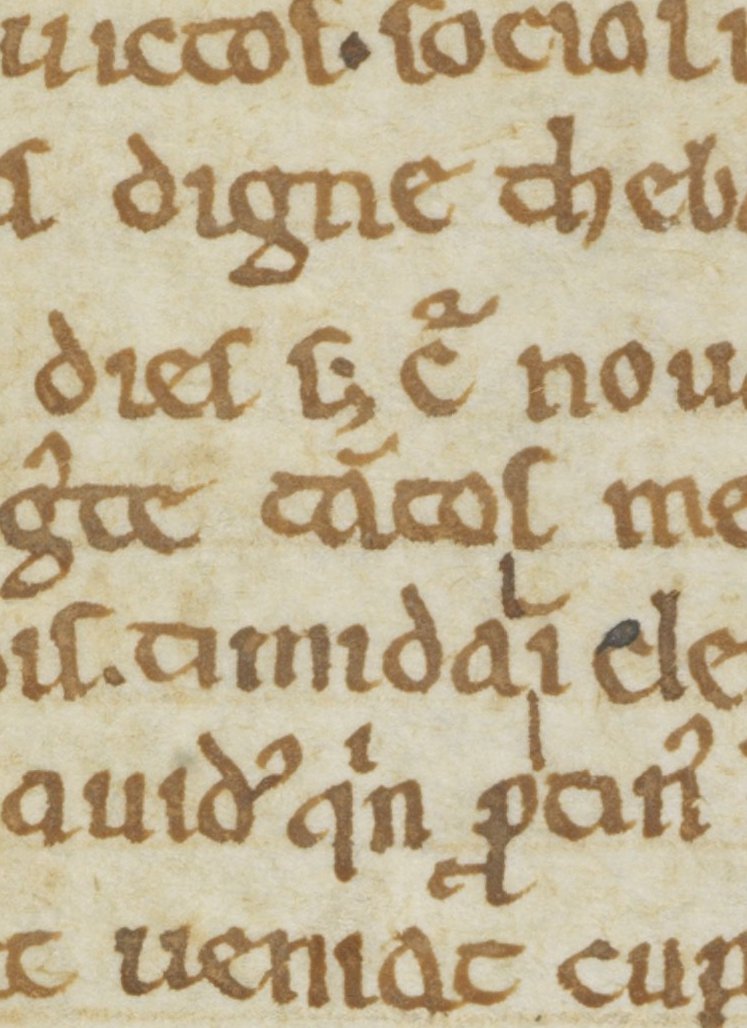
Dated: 1100–1199